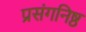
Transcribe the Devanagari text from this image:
प्रसंगनिष्ठ